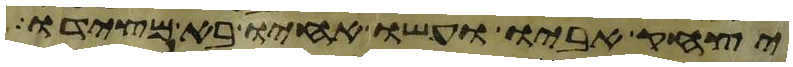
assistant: יצחק אביו ועשו אחיו בא מצידו